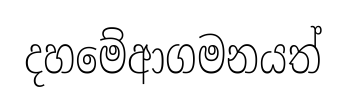
දහමේආගමනයත්